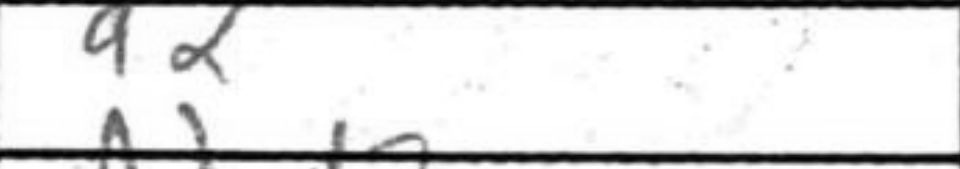
Transcription: a2